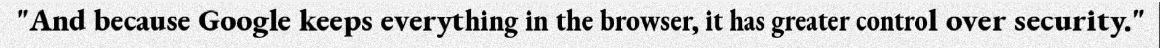
"And because Google keeps everything in the browser, it has greater control over security."